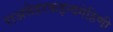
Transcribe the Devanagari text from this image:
राअसेहरकइन्दगेहिणी